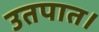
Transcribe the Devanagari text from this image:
उतपात।